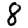
Digit: 8